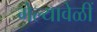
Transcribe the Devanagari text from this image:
गेल्यावेळीं